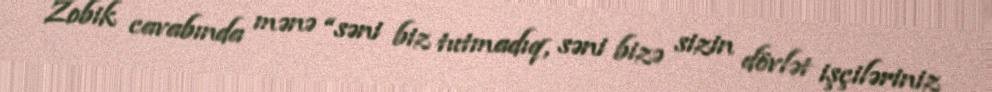
Zobik cavabında mənə “səni biz tutmadıq, səni bizə sizin dövlət işçiləriniz